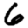
Digit: 6